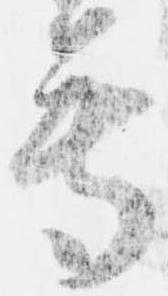
尊